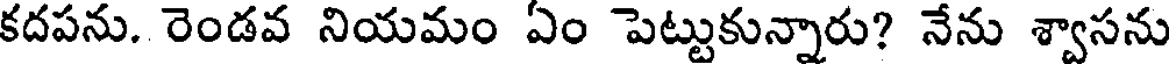
కదపను. రెండవ నియమం ఏం పెట్టుకున్నారు? నేను శ్వాసను